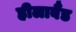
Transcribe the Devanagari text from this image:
हीलाबैंड